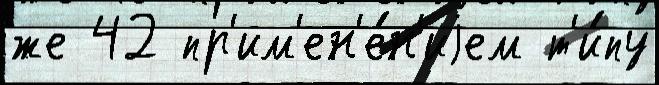
же 42 пр'им'ен'е́н'иjем т'и́пу